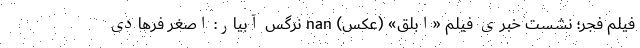
فیلم فجر؛ نشست خبری فیلم «ابلق» (عکس) nan نرگس آبیار: اصغر فرهادی